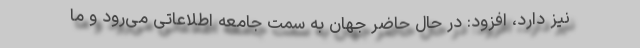
نیز دارد، افزود: در حال حاضر جهان به سمت جامعه اطلاعاتی می‌رود و ما